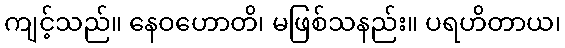
ကျင့်သည်။ နေဝဟောတိ၊ မဖြစ်သနည်း။ ပရဟိတာယ၊